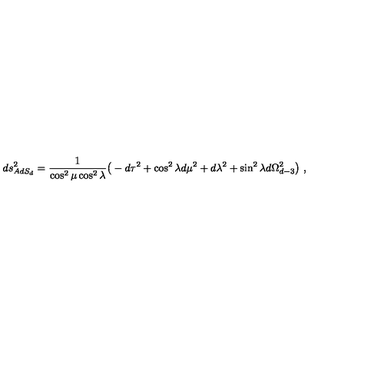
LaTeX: d s _ { A d S _ { d } } ^ { 2 } = { \frac { 1 } { \cos ^ { 2 } \mu \cos ^ { 2 } \lambda } } \big ( - d \tau ^ { 2 } + \cos ^ { 2 } \lambda d \mu ^ { 2 } + d \lambda ^ { 2 } + \sin ^ { 2 } \lambda d \Omega _ { d - 3 } ^ { 2 } \big ) \ ,